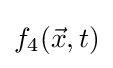
f_{4}({\vec {x}},t)